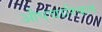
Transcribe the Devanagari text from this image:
औपचारिकत